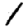
Digit: 1